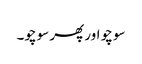
سوچو اور پھر سوچو۔